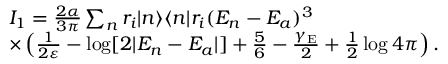
\begin{array} { r l } & { I _ { 1 } = \frac { 2 \alpha } { 3 \pi } \sum _ { n } r _ { i } | n \rangle \langle n | r _ { i } ( E _ { n } - E _ { a } ) ^ { 3 } } \\ & { \times \left( \frac { 1 } { 2 \varepsilon } - \log [ 2 | E _ { n } - E _ { a } | ] + \frac { 5 } { 6 } - \frac { \gamma _ { \mathrm { E } } } { 2 } + \frac { 1 } { 2 } \log 4 \pi \right) . } \end{array}